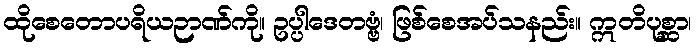
ထိုစေတောပရိယဉာဏ်ကို။ ဥပ္ပါဒေတဗ္ဗံ၊ ဖြစ်စေအပ်သနည်း။ ဣတိပုစ္ဆာ၊